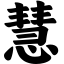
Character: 慧